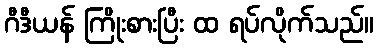
ဂီဒီယန် ကြိုးစားပြီး ထ ရပ်လိုက်သည်။